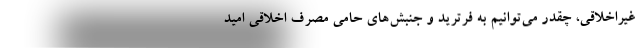
غیراخلاقی، چقدر می‌توانیم به فرترید و جنبش‌های حامی مصرف اخلاقی امید